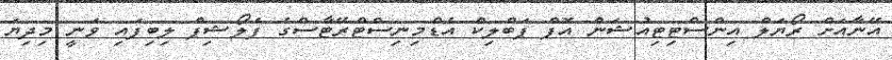
އޭނާއަށް ރޯޔަލް އިންސްޓިޓިއުޝަން އޮފް ޕަބްލިކް އެޑްމިނިސްޓްރޭޓާސްގެ ފެލޯޝިޕް ލިބިފައި ވަނީ މިދިޔަ